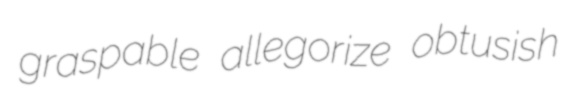
graspable allegorize obtusish